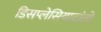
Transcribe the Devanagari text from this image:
डिसप्लेसियादांतों